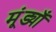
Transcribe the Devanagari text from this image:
मूंड्याँ